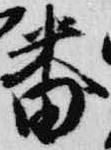
番